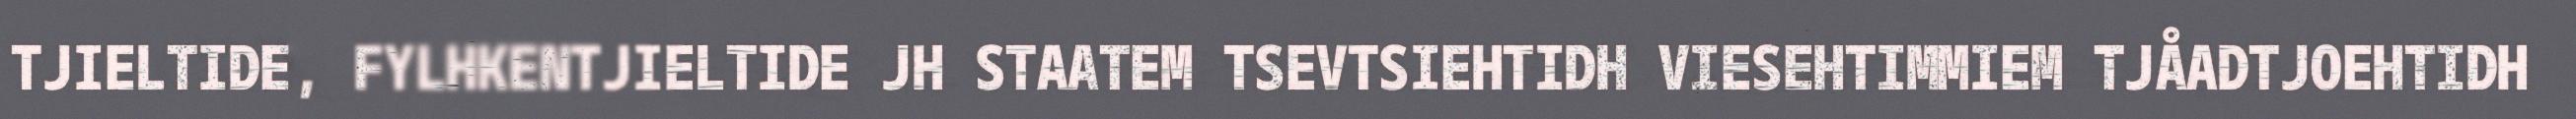
TJIELTIDE, FYLHKENTJIELTIDE JH STAATEM TSEVTSIEHTIDH VIESEHTIMMIEM TJÅADTJOEHTIDH